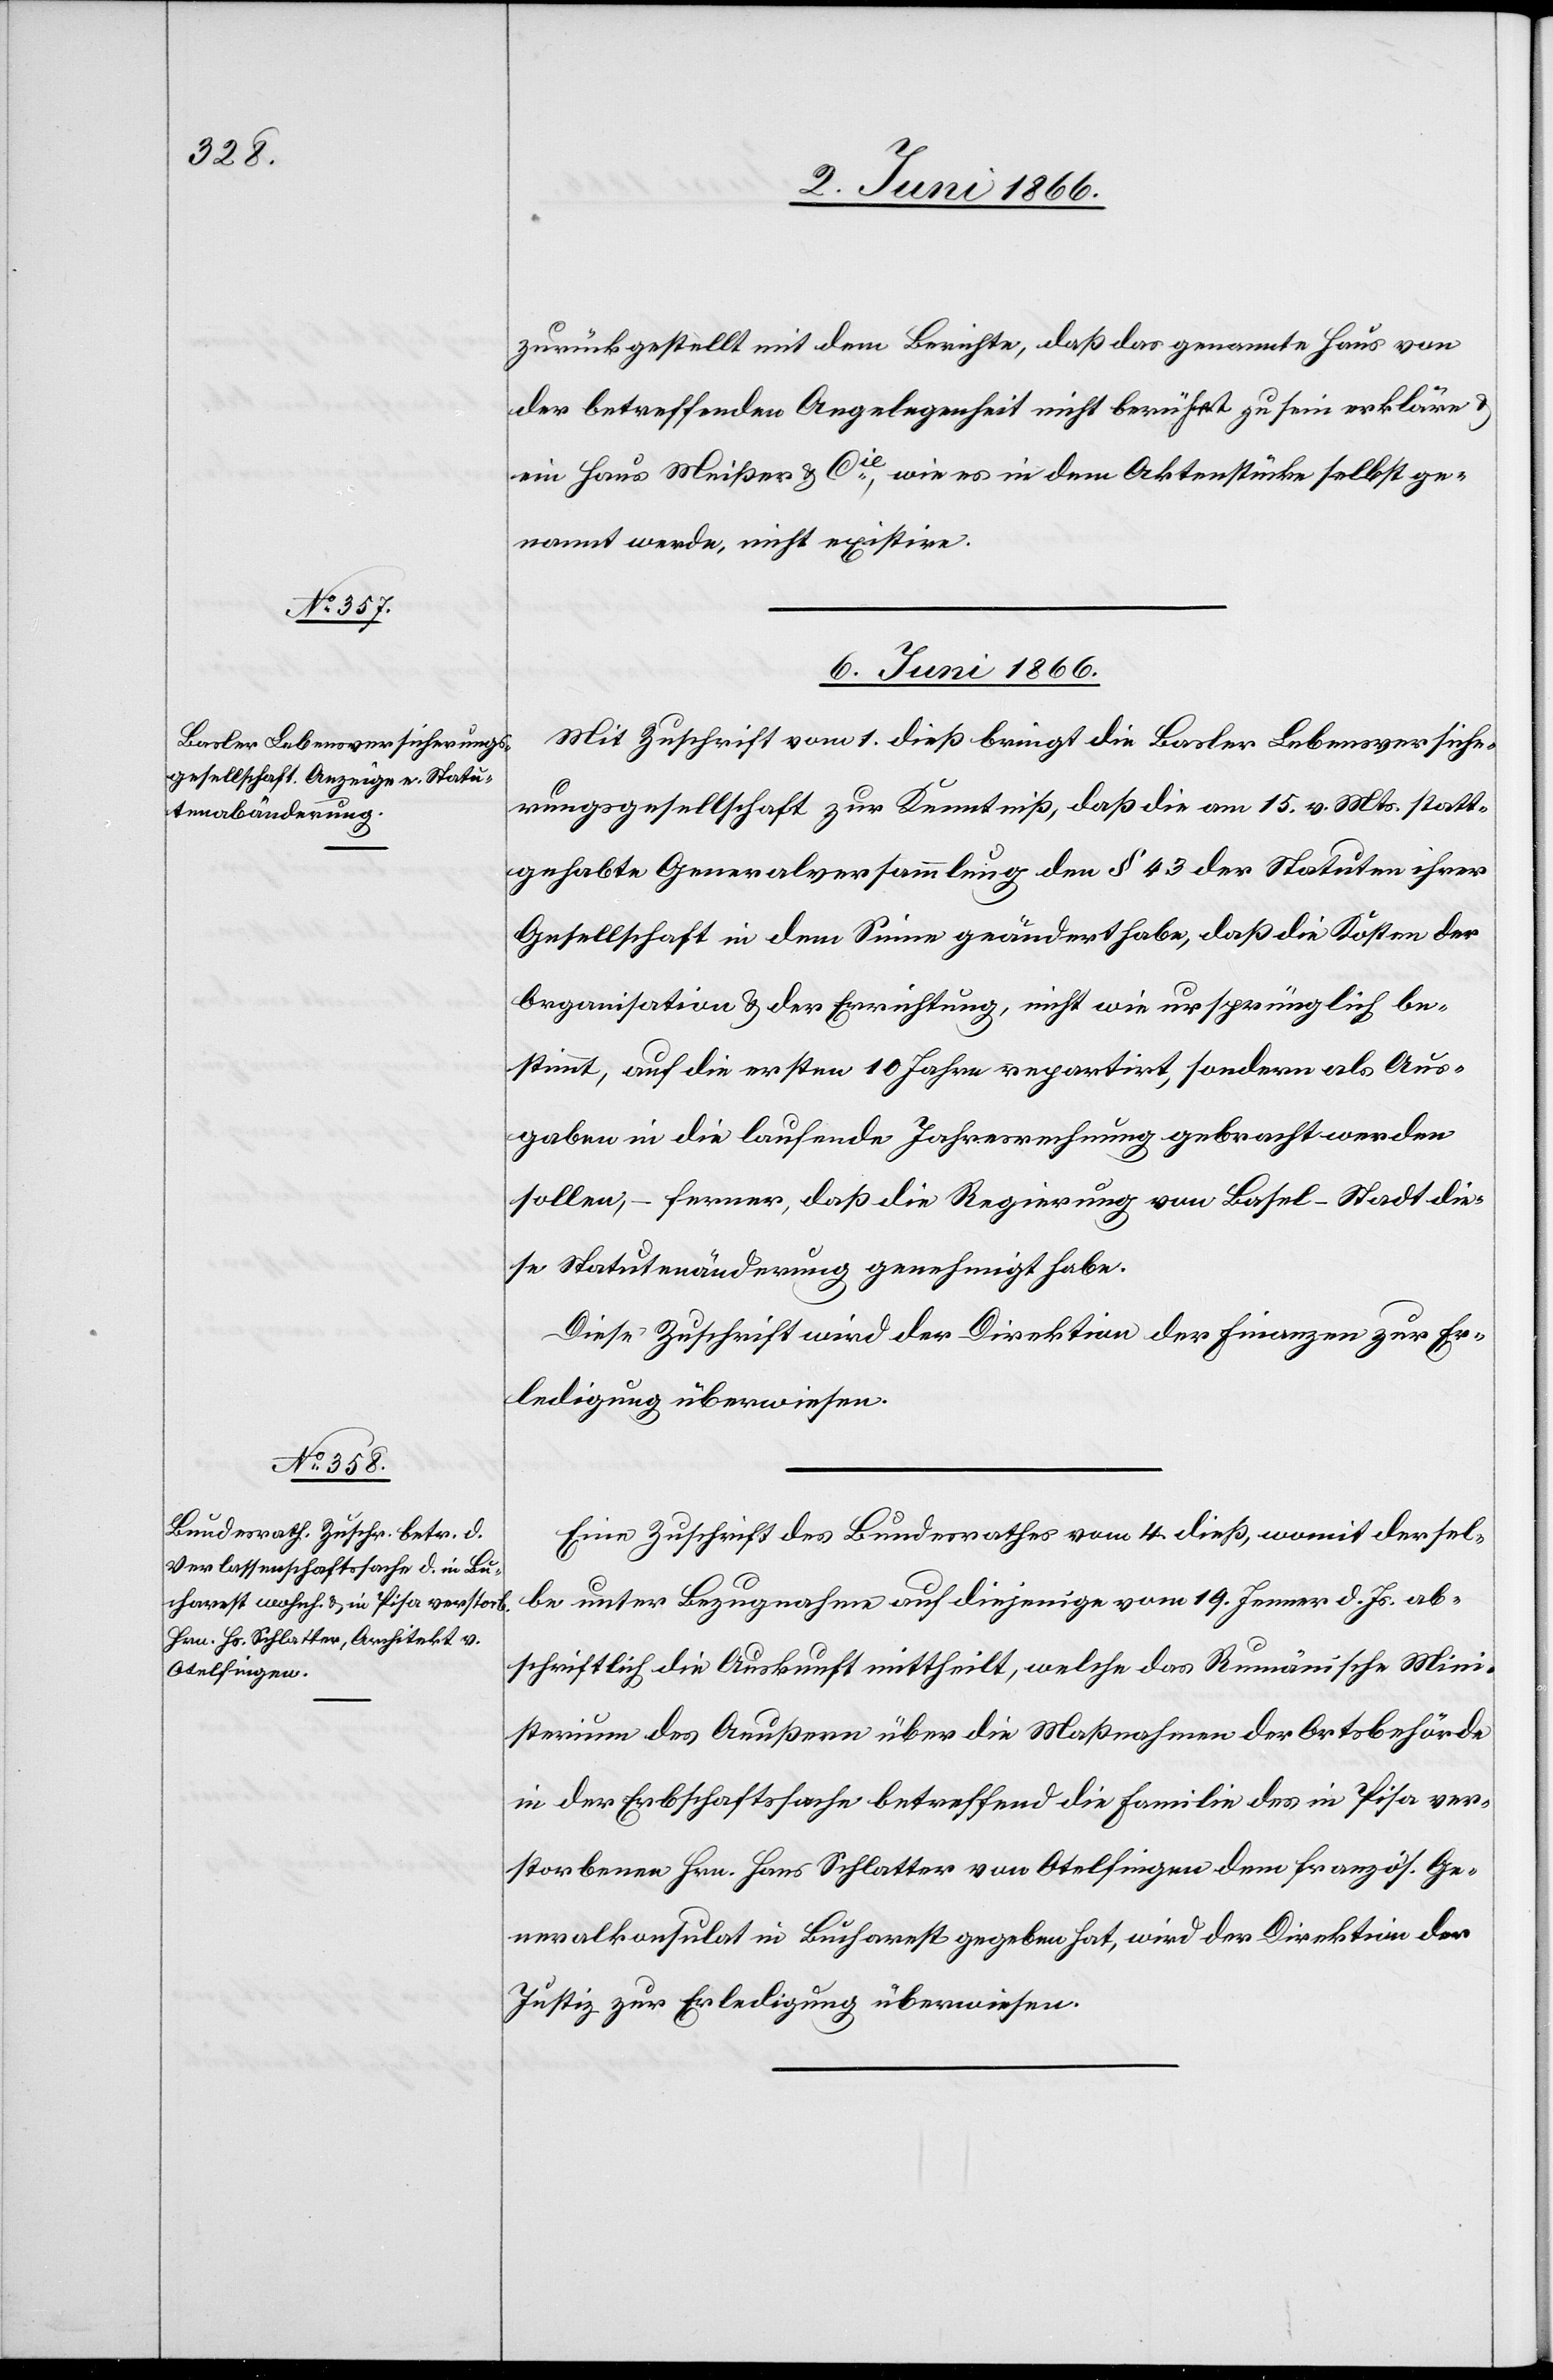
zurückgestellt mit dem Berichte, daß das genannte Haus von
der betreffenden Angelegenheit nicht berührt zu sein erkläre
ein Haus Meißer u. Cie., wie es in dem Aktenstücke selbst ge¬
nannt werde, nicht existire.
6. Juni 1866.]
Mit Zuschrift vom 1. dieß bringt die Basler Lebensversiche¬
rungsgesellschaft zur Kenntniß, daß die am 15. v. Mts. statt¬
gehabte Generalversammlung den § 43 der Statuten ihrer
Gesellschaft in dem Sinne geändert habe, daß die Kosten der
Organisation u. der Errichtung, nicht wie ursprünglich be¬
stimmt, auf die ersten 10 Jahre repartirt, sondern als Aus¬
gaben in die laufende Jahresrechnung gebracht werden
sollen, – ferner, daß die Regierung von Basel-Stadt die¬
se Statutenänderung genehmigt habe.
Diese Zuschrift wird der Direktion der Finanzen zur Er¬
ledigung überwiesen.
Eine Zuschrift des Bundesrathes vom 4. dieß, womit dersel¬
be unter Bezugnahme auf diejenige vom 19. Jenner d. Js. ab¬
schriftlich die Auskunft mittheilt, welche das Rumänische Mini¬
sterium des Aeußern über die Maßnahmen der Ortsbehörde
in der Erbschaftssache betreffend die Familie des in Pisa ver¬
storbenen Hrn. Hans Schlatter von Otelfingen dem französ. Ge¬
neralkonsulat in Bucharest gegeben hat, wird der Direktion der
Justiz zur Erledigung überwiesen.